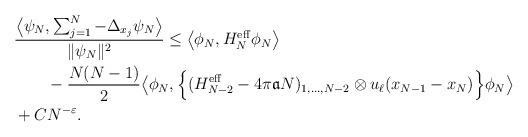
LaTeX: \begin{align*} &\frac{\big\langle \psi_N, \sum_{j=1}^N -\Delta_{x_j} \psi_N\big\rangle}{\|\psi_N\|^2} \le \big\langle \phi_N, H_N^\mathrm{eff} \phi_N\big\rangle \\&\qquad-\frac{N(N-1)}{2}\big\langle\phi_N,\Big\{(H_{N-2}^\mathrm{eff}-4\pi\mathfrak{a}N)_{1,\dots,N-2}\otimes u_\ell(x_{N-1}-x_N) \Big\}\phi_N \big\rangle\\&+ C N^{-\varepsilon}.\end{align*}